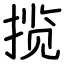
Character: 揽